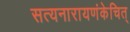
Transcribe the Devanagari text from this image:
सत्यनारायणंकेचित्